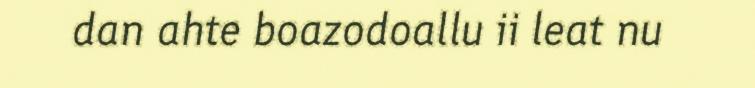
dan ahte boazodoallu ii leat nu